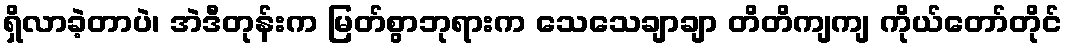
ရှိလာခဲ့တာပဲ၊ အဲဒီတုန်းက မြတ်စွာဘုရားက သေသေချာချာ တိတိကျကျ ကိုယ်တော်တိုင်